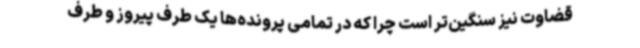
قضاوت نیز سنگین‌تر است چرا که در تمامی پرونده‌ها یک طرف پیروز و طرف